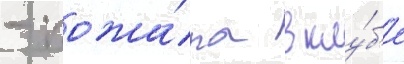
- пожа́ра в клу́б'е